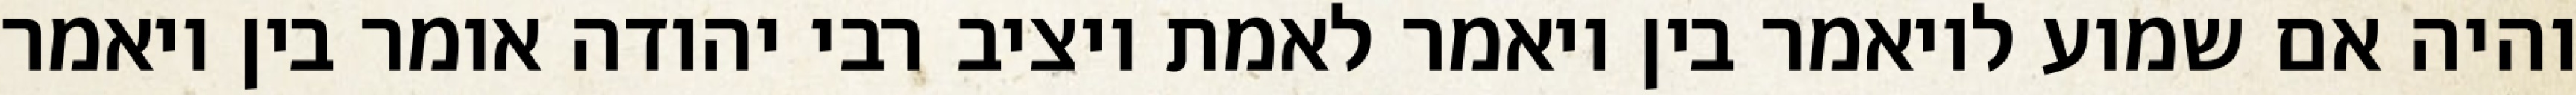
והיה אם שמוע לויאמר בין ויאמר לאמת ויציב רבי יהודה אומר בין ויאמר